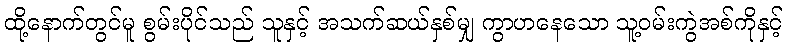
ထို့နောက်တွင်မူ စွမ်းပိုင်သည် သူနှင့် အသက်ဆယ်နှစ်မျှ ကွာဟနေသော သူ့ဝမ်းကွဲအစ်ကိုနှင့်